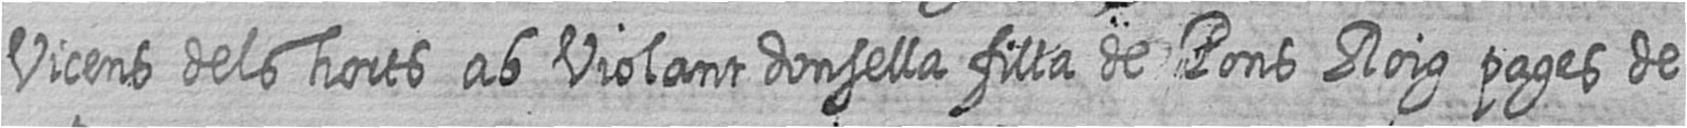
Vicens dels horts ab Violant donsella filla de Pons Roig pages de